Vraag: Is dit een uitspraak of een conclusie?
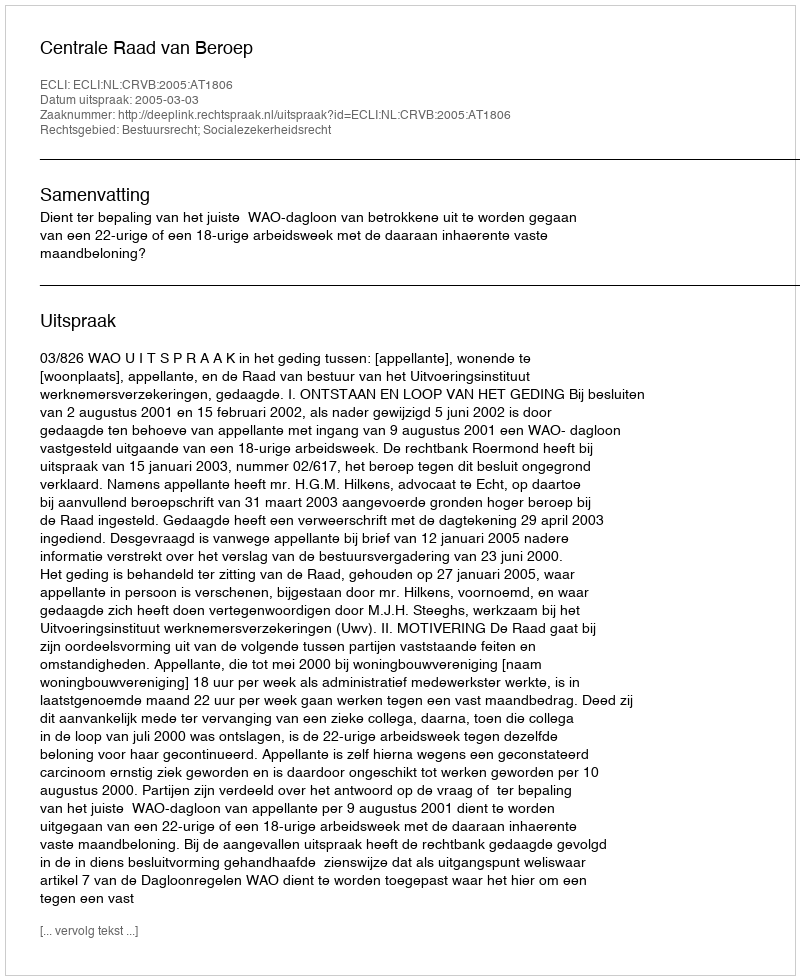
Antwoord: Uitspraak